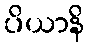
ပိယာနိ